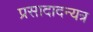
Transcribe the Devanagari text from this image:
प्रसादादन्यत्र